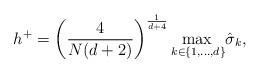
LaTeX: \begin{gather*}h^{+} = \left(\frac{4}{N(d + 2)}\right)^{\frac{1}{d + 4}}\underset{k\in\{1,\ldots, d\}}{\max\,}\hat{\sigma}_k,\\\end{gather*}